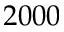
2 0 0 0